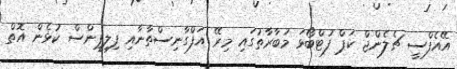
އޭއެފްސީ ޗެލެންޖް ކަޕް ފުޓްބޯޅަ މުބާރާތުގައި މިރޭ އަފްގާނިސްތާނާއި ފިލިޕީންސް ކުޅެން އޮތް